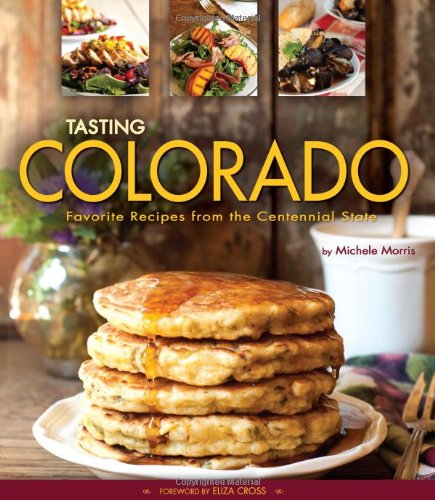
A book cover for Tasting Colorado: Favorite Recipes from the Centennial State; Michele Morris; Cookbooks, Food & Wine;